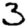
Digit: 3